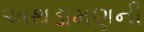
અથડામણની